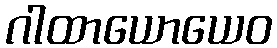
ဂါထာယောယေဝ